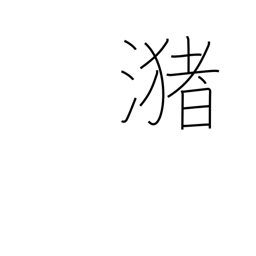
Meaning: a pool